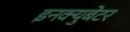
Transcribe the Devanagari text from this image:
इनक्युबेटर